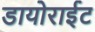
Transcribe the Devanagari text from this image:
डायोराईट